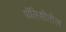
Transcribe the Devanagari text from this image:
पॉलिसीतील